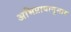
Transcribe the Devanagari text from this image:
अभिप्रायानुसार